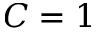
C = 1